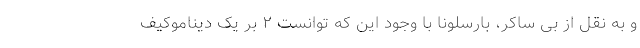
و به نقل از بی ساکر، بارسلونا با وجود این که توانست ۲ بر یک دیناموکیف